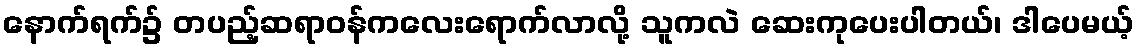
နောက်ရက်၌ တပည့်ဆရာဝန်ကလေးရောက်လာလို့ သူကလဲ ဆေးကုပေးပါတယ်၊ ဒါပေမယ့်